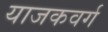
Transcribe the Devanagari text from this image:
याजकवर्ग